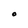
Character: O